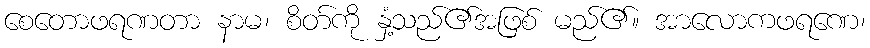
စေတောဖရဏတာ နာမ၊ စိတ်ကို နှံ့သည်၏အဖြစ် မည်၏။ အာလောကဖရဏေ၊